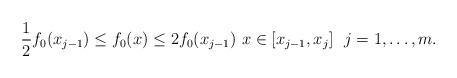
LaTeX: \begin{align*}\frac{1}{2} f_0(x_{j-1}) \leq f_0(x) \leq 2f_0(x_{j-1}) \ x\in [x_{j-1},x_j] \ \ j=1,\ldots,m.\end{align*}